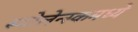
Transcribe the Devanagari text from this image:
स्मोलेन्स्कमध्ये